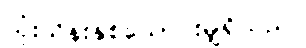
သုံးသိန်းနှစ်သောင်းမျှရှိသည်။